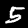
Digit: 5